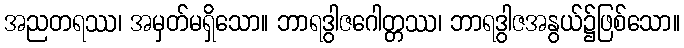
အညတရဿ၊ အမှတ်မရှိသော။ ဘာရဒွါဇဂေါတ္တဿ၊ ဘာရဒွါဇအနွယ်၌ဖြစ်သော။